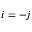
i = - j